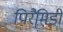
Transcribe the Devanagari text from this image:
पिरैमिडी